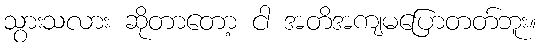
သွားသလား ဆိုတာတော့ ငါ အတိအကျမပြောတတ်ဘူး။